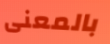
بالمعنى